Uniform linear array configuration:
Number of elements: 12
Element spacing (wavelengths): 1
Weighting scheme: blackman
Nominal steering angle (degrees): -60
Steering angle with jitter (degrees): -61.623
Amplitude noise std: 0.05
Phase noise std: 0.05

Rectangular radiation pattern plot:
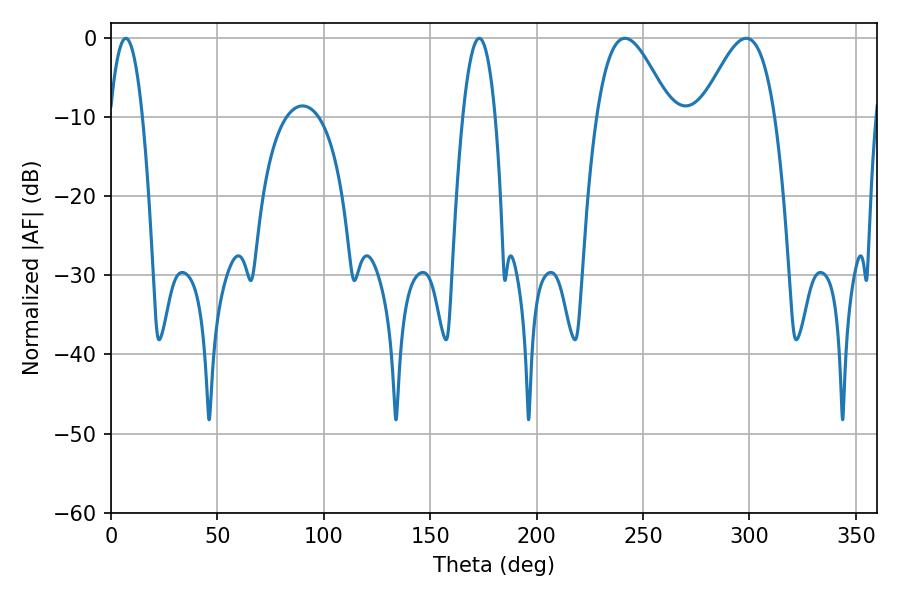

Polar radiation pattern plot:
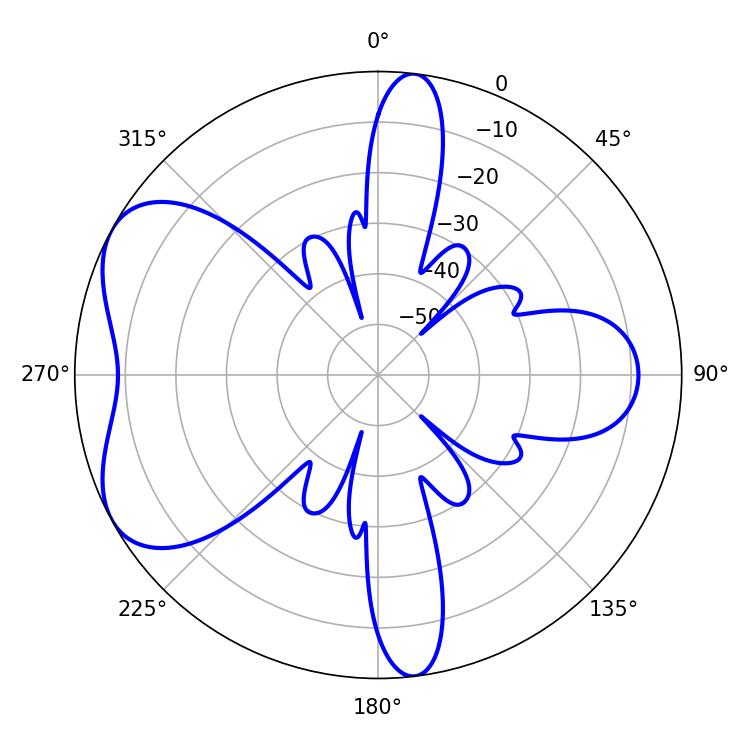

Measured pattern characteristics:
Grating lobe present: TRUE
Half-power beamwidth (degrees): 18.54
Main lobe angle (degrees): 241.56